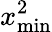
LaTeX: x_{\operatorname*{min}}^{2}